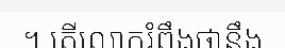
។ តើលោករំពឹងថានឹង